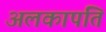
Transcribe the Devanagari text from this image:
अलकापति